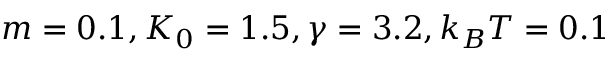
m = 0 . 1 , K _ { 0 } = 1 . 5 , \gamma = 3 . 2 , k _ { B } T = 0 . 1